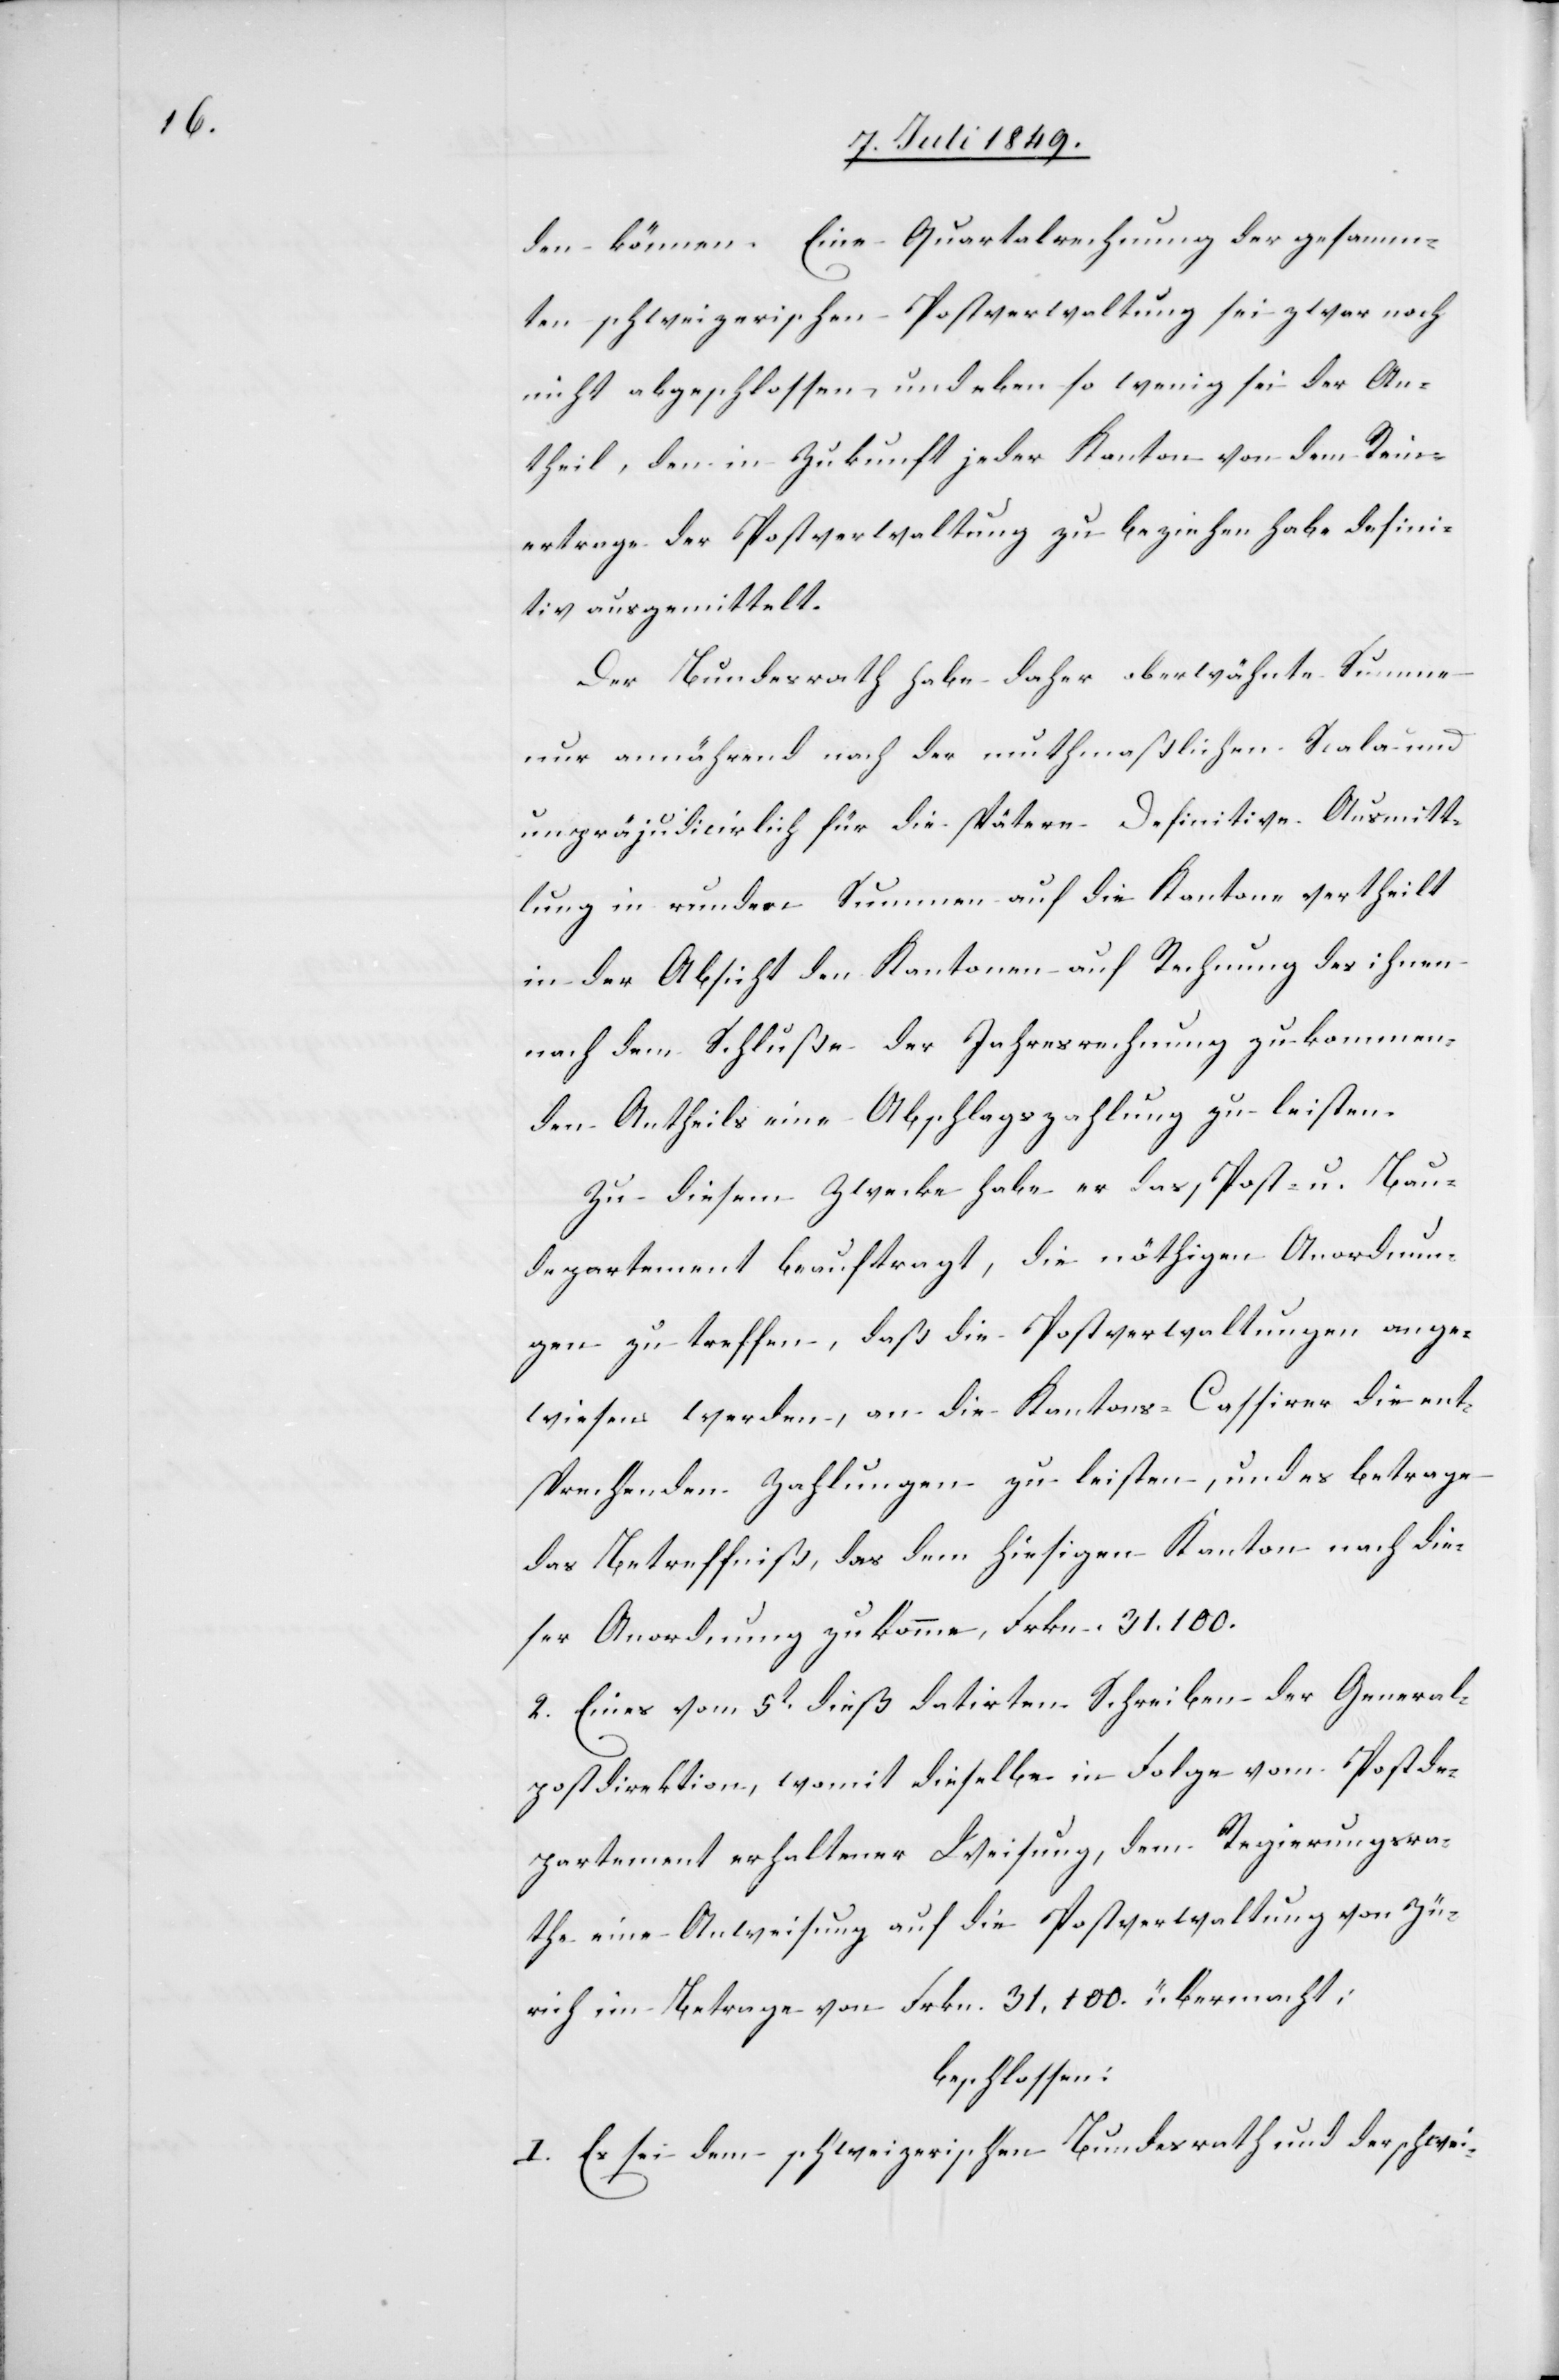
den können. Eine Quartalrechnung der gesamm¬
ten schweizerischen Postverwaltung sei zwar noch
nicht abgeschlossen, und eben so wenig sei der An¬
theil, den in Zukunft jeder Kanton von dem Rein¬
ertrage der Postverwaltung zu beziehen habe defini¬
tiv ausgemittelt.
Der Bundesrath habe daher oberwähnte Summe
nur annähernd nach der muthmaßlichen Scala und
unpräjudicirlich für die spätere Definitive Ausmitt¬
lung in rundern Summen auf die Kantone vertheilt
in der Absicht den Kantonen auf Rechnung des ihnen
nach dem Schluße der Jahresrechnung zukommen¬
den Antheils eine Abschlagszahlung zu leisten.
Zu diesem Zwecke habe er das Post- u. Bau¬
departement beauftragt, die nöthigen Anordnun¬
gen zu treffen, daß die Postverwaltungen ange¬
wiesen werden, an die Kantons-Cassirer die ent¬
sprechenden Zahlungen zu leisten, und es betrage
das Betreffniß, das dem hiesigen Kanton nach die¬
ser Anordnung zukomme, Frkn. 31.100.
2. Eines vom 5t dieß datirten Schreiben der General¬
postdirektion, womit dieselbe in Folge vom Postde¬
partement erhaltener Weisung, dem Regierungsra¬
the eine Anweisung auf die Postverwaltung von Zü¬
rich im Betrage von Frkn. 31.100. übermacht:
beschlossen:
I. Es sei dem schweizerischen Bundesrath und der schwei-